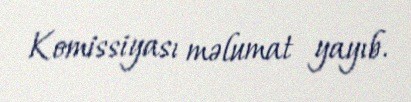
Komissiyası məlumat yayıb.